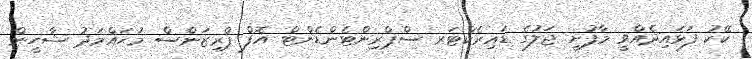
ކޭކު ފަޅައިދެއްވީ މާފުށީ ޖަލުގެ ޑައިރެކްޓަރ ސްޕްރިންޓެންޑެންޓް އޮފް ޕްރިޒަންސް މުޙައްމަދު ޝާހީން